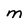
Character: M